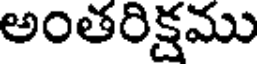
అంతరిక్షము